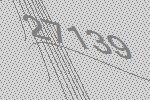
27139